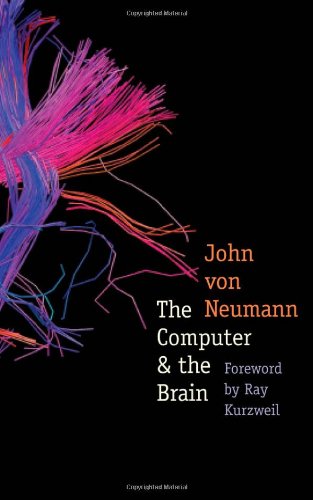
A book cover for The Computer and the Brain (The Silliman Memorial Lectures Series); John von Neumann; Computers & Technology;